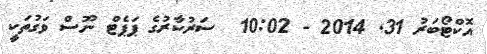
އޮކްޓޯބަރު 31